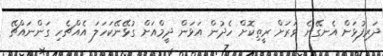
ދަރިފުޅަށް އެނގޭނެ ވަރަށް ރީތިކޮށް ހެދުން އަޅަން ދީމްއަށް ގުޅޭނޭކަހަލަ އެއްޗެހި ގަންނައްޗޭ